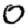
Digit: 0